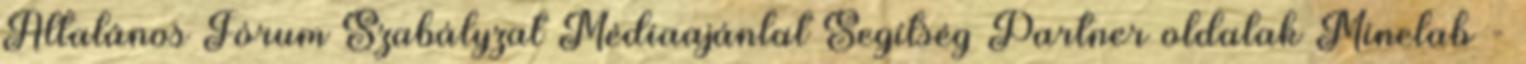
Általános Fórum Szabályzat Médiaajánlat Segítség Partner oldalak Minelab -